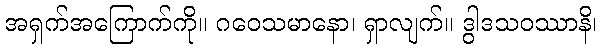
အရှက်အကြောက်ကို။ ဂဝေသမာနော၊ ရှာလျက်။ ဒွါဒသဝဿာနိ၊